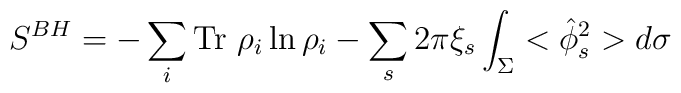
S^{BH}=-\sum_{i}\mbox{Tr}~\rho_i\ln\rho_i-\sum_{s}2\pi\xi_s\int_{\Sigma}<\hat{\phi}^2_s>d\sigma